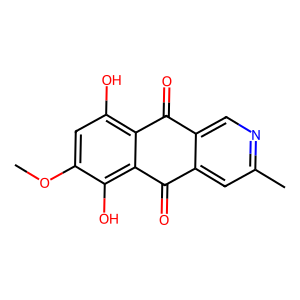
SMILES: COc1cc(O)c2c(c1O)C(=O)c1cc(C)ncc1C2=O
Inhibits HIV replication: No